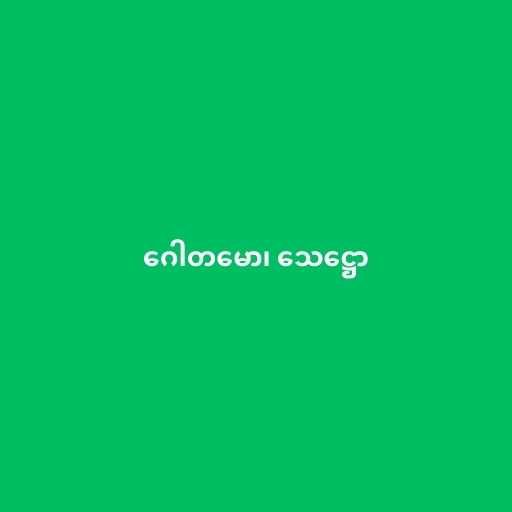
ဂေါတမော၊ သေဋ္ဌော